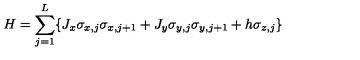
H = \sum _ { j = 1 } ^ { L } \{ J _ { x } \sigma _ { x , j } \sigma _ { x , j + 1 } + J _ { y } \sigma _ { y , j } \sigma _ { y , j + 1 } + h \sigma _ { z , j } \} \nonumber